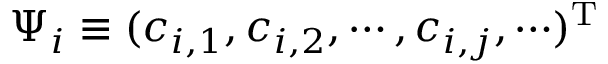
\Psi _ { i } \equiv ( c _ { i , 1 } , c _ { i , 2 } , \cdots , c _ { i , j } , \cdots ) ^ { \mathrm { T } }